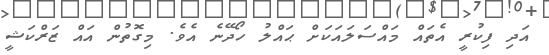
އަދި ފިކުރީ އެތައް މައްސަލައަކަށް ޙައްލު ހޯދޭނެ އެވެ. މިގޮތުން އައް ޒަރްކަޝީ